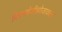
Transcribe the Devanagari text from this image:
पित्तनहेडीझोजाकला